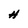
Character: H